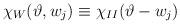
LaTeX: \begin{align*}\chi _{W}(\vartheta ,w_{j})\equiv \chi _{II}(\vartheta -w_{j})\end{align*}